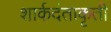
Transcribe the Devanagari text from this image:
शार्कदंताकृती